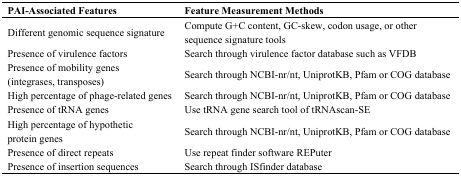
<table><thead><tr><td><b>PAI-Associated Features</b></td><td><b>Feature Measurement Methods</b></td></tr></thead><tbody><tr><td>Different genomic sequence signature</td><td>Compute G+C content, GC-skew, codon usage, or other sequence signature tools</td></tr><tr><td>Presence of virulence factors</td><td>Search through virulence factor database such as VFDB</td></tr><tr><td>Presence of mobility genes (integrases, transposes)</td><td>Search through NCBI-nr/nt, UniprotKB, Pfam or COG database</td></tr><tr><td>High percentage of phage-related genes</td><td>Search through NCBI-nr/nt, UniprotKB, Pfam or COG database</td></tr><tr><td>Presence of tRNA genes</td><td>Use tRNA gene search tool of tRNAscan-SE</td></tr><tr><td>High percentage of hypothetic protein genes </td><td>Search through NCBI-nr/nt, UniprotKB, Pfam or COG database</td></tr><tr><td>Presence of direct repeats</td><td>Use repeat finder software REPuter</td></tr><tr><td>Presence of insertion sequences</td><td>Search through ISfinder database</td></tr></tbody></table>